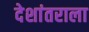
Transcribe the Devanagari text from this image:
देशांतराला